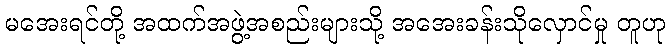
မအေးရင်တို့ အထက်အဖွဲ့အစည်းများသို့ အအေးခန်းသိုလှောင်မှု တူဟု